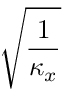
\sqrt { \frac { 1 } { \kappa _ { x } } }